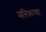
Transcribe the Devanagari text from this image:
मलिकाच्या